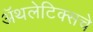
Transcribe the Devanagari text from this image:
अॅथलेटिक्सचे